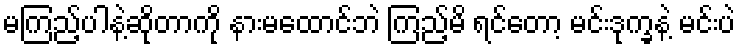
မကြည့်ပါနဲ့ဆိုတာကို နားမထောင်ဘဲ ကြည့်မိ ရင်တော့ မင်းဒုက္ခနဲ့ မင်းပဲ